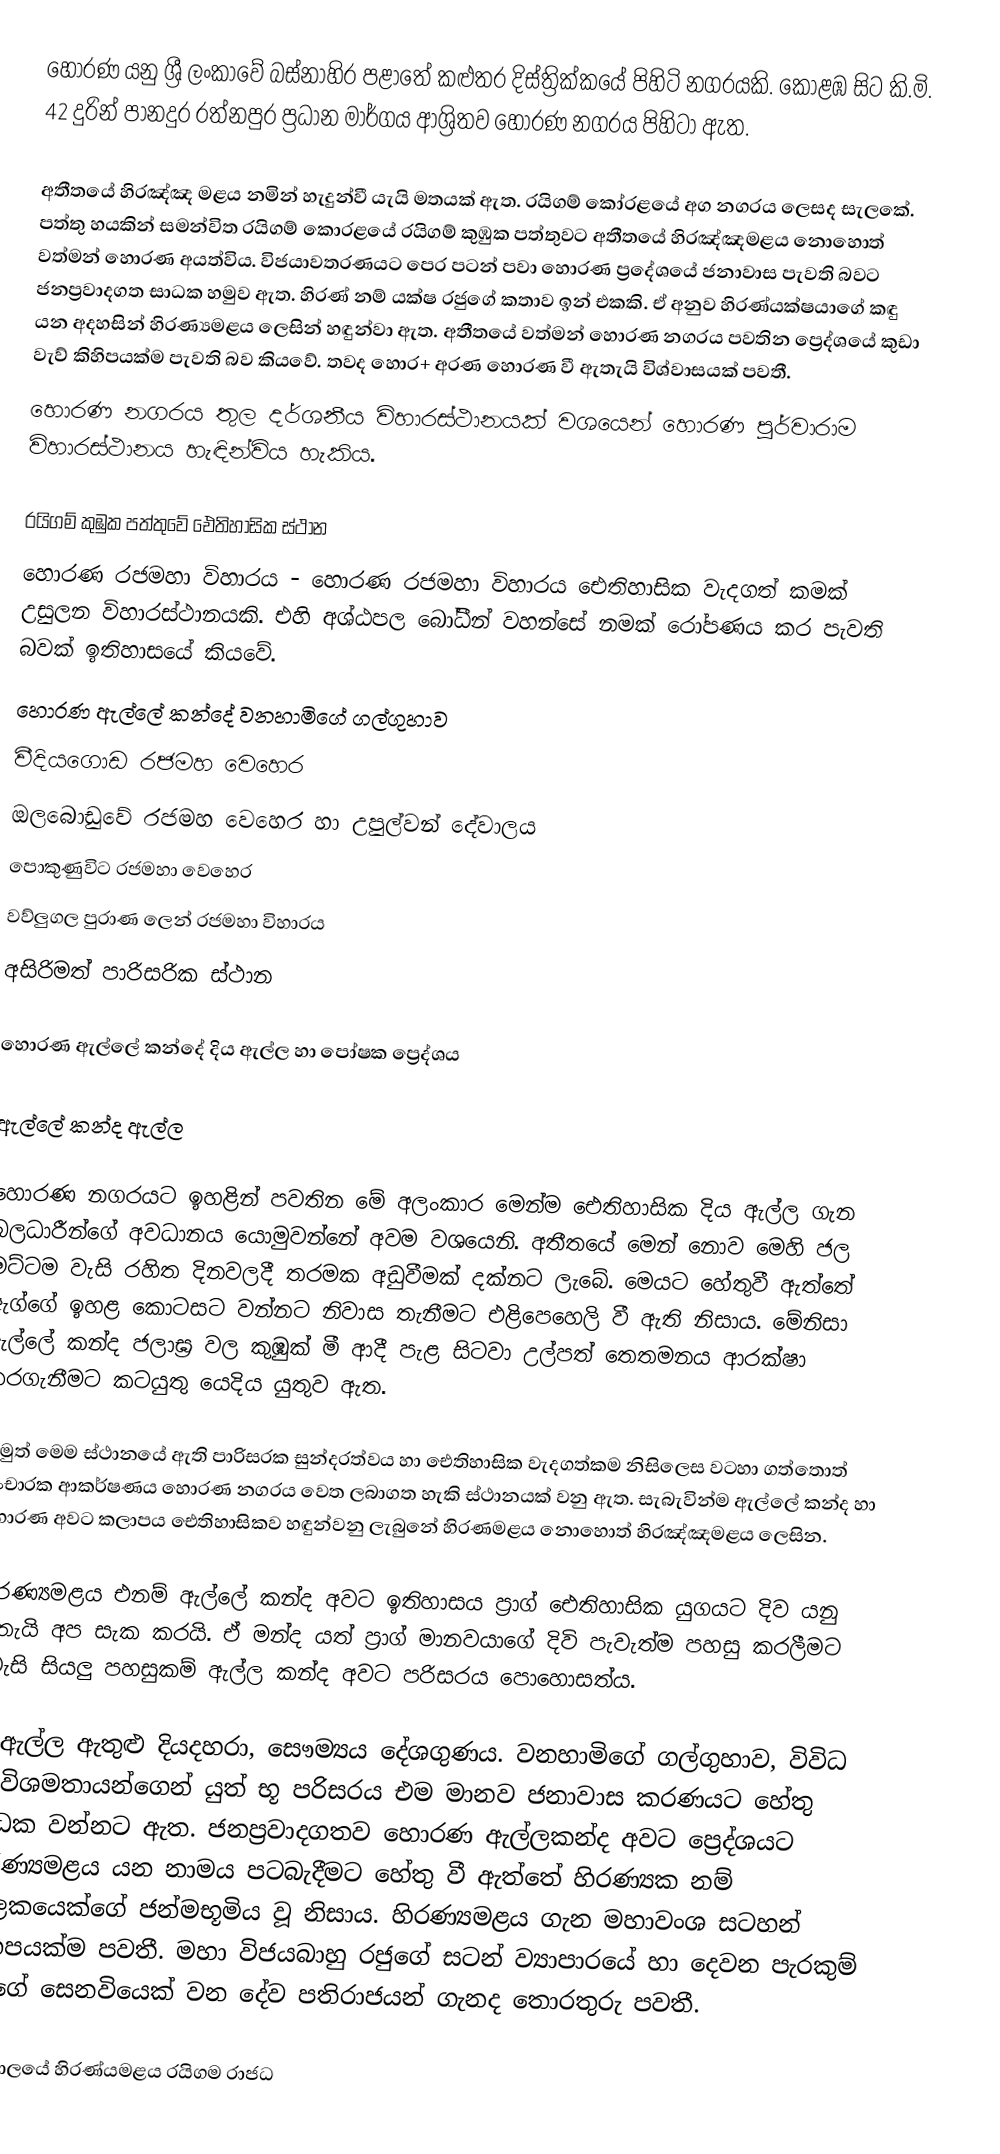
හොරණ යනු ශ්‍රී ලංකාවේ   බස්නාහිර පළාතේ  කළුතර දිස්ත්‍රික්කයේ පිහිටි නගරයකි. කොළඹ සිට කි.මි. 42 දුරින් පානදුර රත්නපුර ප්‍රධාන මාර්ගය ආශ්‍රිතව හොරණ නගරය පිහිටා ඇත.

අතීතයේ හිරඤ්ඤ මළය නමින් හැදුන්වී යැයි මතයක් ඇත. රයිගම් කෝරළයේ අග නගරය ලෙසද සැලකේ. පත්තු හයකින් සමන්විත රයිගම් කොරළයේ රයිගම් කුඹුක පත්තුවට අතීතයේ හිරඤ්ඤමළය නොහොත් වත්මන් හොරණ අයත්විය. විජයාවතරණයට පෙර පටන් පවා හොරණ ප්‍රදේශයේ ජනාවාස පැවති බවට ජනප්‍රවාදගත සාධක හමුව ඇත. හිරණ් නම් යක්ෂ රජුගේ කතාව ඉන් එකකි. ඒ අනුව හිරණ්යක්ෂයාගේ කඳු යන අදහසින් හිරණ්‍යමළය ලෙසින් හඳුන්වා ඇත. අතීතයේ වත්මන් හොරණ නගරය පවතින ප්‍රෙද්ශයේ කුඩා වැව් කිහිපයක්ම පැවති බව කියවේ. තවද හොර+ අරණ හොරණ වී ඇතැයි විශ්වාසයක් පවතී.
   හොරණ නගරය තුල දර්ශනීය විහාරස්ථානයක් වශයෙන් හොරණ පූර්වාරාම විහාරස්ථානය හැඳින්විය හැකිය.

රයිගම් කුඹුක පත්තුවේ ඓතිහාසික ස්ථාන
හොරණ රජමහා විහාරය - හොරණ රජමහා විහාරය ඓතිහාසික වැදගත් කමක් උසුලන විහාරස්ථානයකි. එහි අශ්ඨපල බෝධීන් වහන්සේ නමක් රෝපණය කර පැවති බවක් ඉතිහාසයේ කියවේ.
හොරණ ඇල්ලේ කන්දේ වනහාමිගේ ගල්ගුහාව
වීදියගොඩ රජමහ වෙහෙර
ඔලබොඩුවේ රජමහ වෙහෙර හා උපුල්වන් දේවාලය
පොකුණුවිට රජමහා වෙහෙර
වව්ලුගල පුරාණ ලෙන් රජමහා විහාරය
අසිරිමත් පාරිසරික ස්ථාන

හොරණ ඇල්ලේ කන්දේ දිය ඇල්ල හා පෝෂක ප්‍රෙද්ශය

ඇල්ලේ කන්ද ඇල්ල

හොරණ නගරයට ඉහළින් පවතින මේ අලංකාර මෙන්ම ඓතිහාසික දිය ඇල්ල ගැන බලධාරීන්ගේ අවධානය යොමුවන්නේ අවම වශයෙනි. අතීතයේ මෙන් නොව මෙහි ජල මට්ටම වැසි රහිත දිනවලදී තරමක අඩුවීමක් දක්නට ලැබේ. මෙයට හේතුවී ඇත්තේ ඇග්ගේ ඉහළ කොටසට වන්නට නිවාස තැනීමට එළිපෙහෙලි වී ඇති නිසාය. මේනිසා ඇල්ලේ කන්ද ජලාඝ්‍ර වල කුඹුක් මී ආදී පැළ සිටවා උල්පත් තෙතමනය ආරක්ෂා කරගැනීමට කටයුතු යෙදිය යුතුව ඇත.

නමුත් මෙම ස්ථානයේ ඇති පාරිසරක සුන්දරත්වය හා ඓතිහාසික වැදගත්කම නිසිලෙස වටහා ගත්තොත්  සංචාරක ආකර්ෂණය හොරණ නගරය වෙත ලබාගත හැකි ස්ථානයක් වනු ඇත.  සැබැවින්ම ඇල්ලේ කන්ද හා හොරණ අවට කලාපය ඓතිහාසිකව හඳුන්වනු ලැබුනේ හිරණමළය නොහොත් හිරඤ්ඤමළය ලෙසින.

හිරණ්‍යමළය එනම් ඇල්ලේ කන්ද අවට ඉතිහාසය ප්‍රාග් ඓතිහාසික යුගයට දිව යනු ඇතැයි අප සැක කරයි. ඒ මන්ද යත් ප්‍රාග් මානවයාගේ දිවි පැවැත්ම පහසු කරලීමට අවැසි සියලු පහසුකම් ඇල්ල කන්ද අවට  පරිසරය පොහොසත්ය.

දියඇල්ල ඇතුළු දියදහරා, සෞම්‍යය දේශගුණය. වනහාමිගේ ගල්ගුහාව, විවිධ භූ විශමතායන්ගෙන් යුත් භූ පරිසරය එම මානව ජනාවාස කරණයට හේතු සාධක වන්නට ඇත. ජනප්‍රවාදගතව හොරණ ඇල්ලකන්ද අවට ප්‍රෙද්ශයට හිරණ්‍යමළය යන නාමය පටබැදීමට හේතු වී ඇත්තේ හිරණ්‍යක නම් පාලකයෙක්ගේ ජන්මභූමිය වූ නිසාය. හිරණ්‍යමළය ගැන මහාවංශ සටහන් කිහිපයක්ම පවතී. මහා විජයබාහු රජුගේ සටන් ව්‍යාපාරයේ හා දෙවන පැරකුම් රජුගේ සෙනවියෙක් වන දේව පතිරාජයන් ගැනද තොරතුරු පවතී.

පසුකාලයේ හිරණ්යමළය රයිගම රාජධ